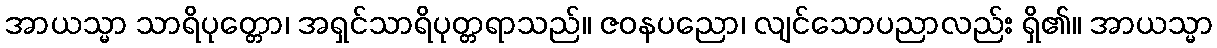
အာယသ္မာ သာရိပုတ္တော၊ အရှင်သာရိပုတ္တရာသည်။ ဇဝနပညော၊ လျင်သောပညာလည်း ရှိ၏။ အာယသ္မာ